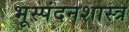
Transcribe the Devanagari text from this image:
भूस्पंदनशास्त्र